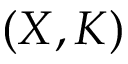
( X , K )